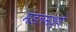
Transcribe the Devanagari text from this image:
मंडलमध्ये